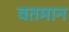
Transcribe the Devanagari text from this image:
वतमान